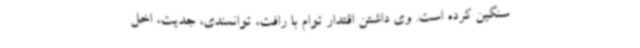
سنگین کرده است. وی داشتن اقتدار توام با رافت، توانمندی، جدیت، اخل